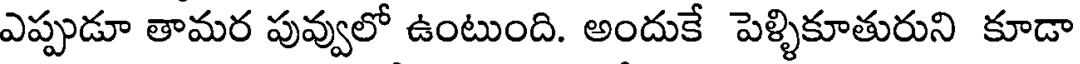
ఎప్పుడూ తామర పువ్వులో ఉంటుంది. అందుకే పెళ్ళికూతురుని కూడా